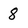
Character: 8